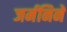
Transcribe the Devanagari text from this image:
जर्मनिने